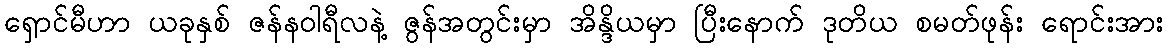
ရှောင်မီဟာ ယခုနှစ် ဇန်နဝါရီလနဲ့ ဇွန်အတွင်းမှာ အိန္ဒိယမှာ ပြီးနောက် ဒုတိယ စမတ်ဖုန်း ရောင်းအား